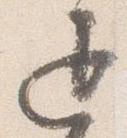
退